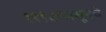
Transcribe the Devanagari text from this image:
१९९७पासूनचे